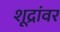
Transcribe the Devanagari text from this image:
शूद्रांवर